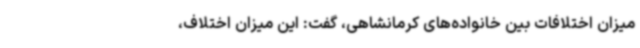
میزان اختلافات بین خانواده‌های کرمانشاهی، گفت: این میزان اختلاف،